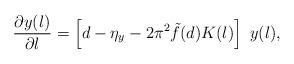
LaTeX: \begin{align*}\frac{\partial y(l)}{\partial l} =\left[d-\eta_y - 2\pi^2\tilde{f}(d)K(l) \right] ~ y(l),\end{align*}